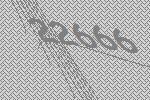
22666